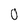
Character: 0